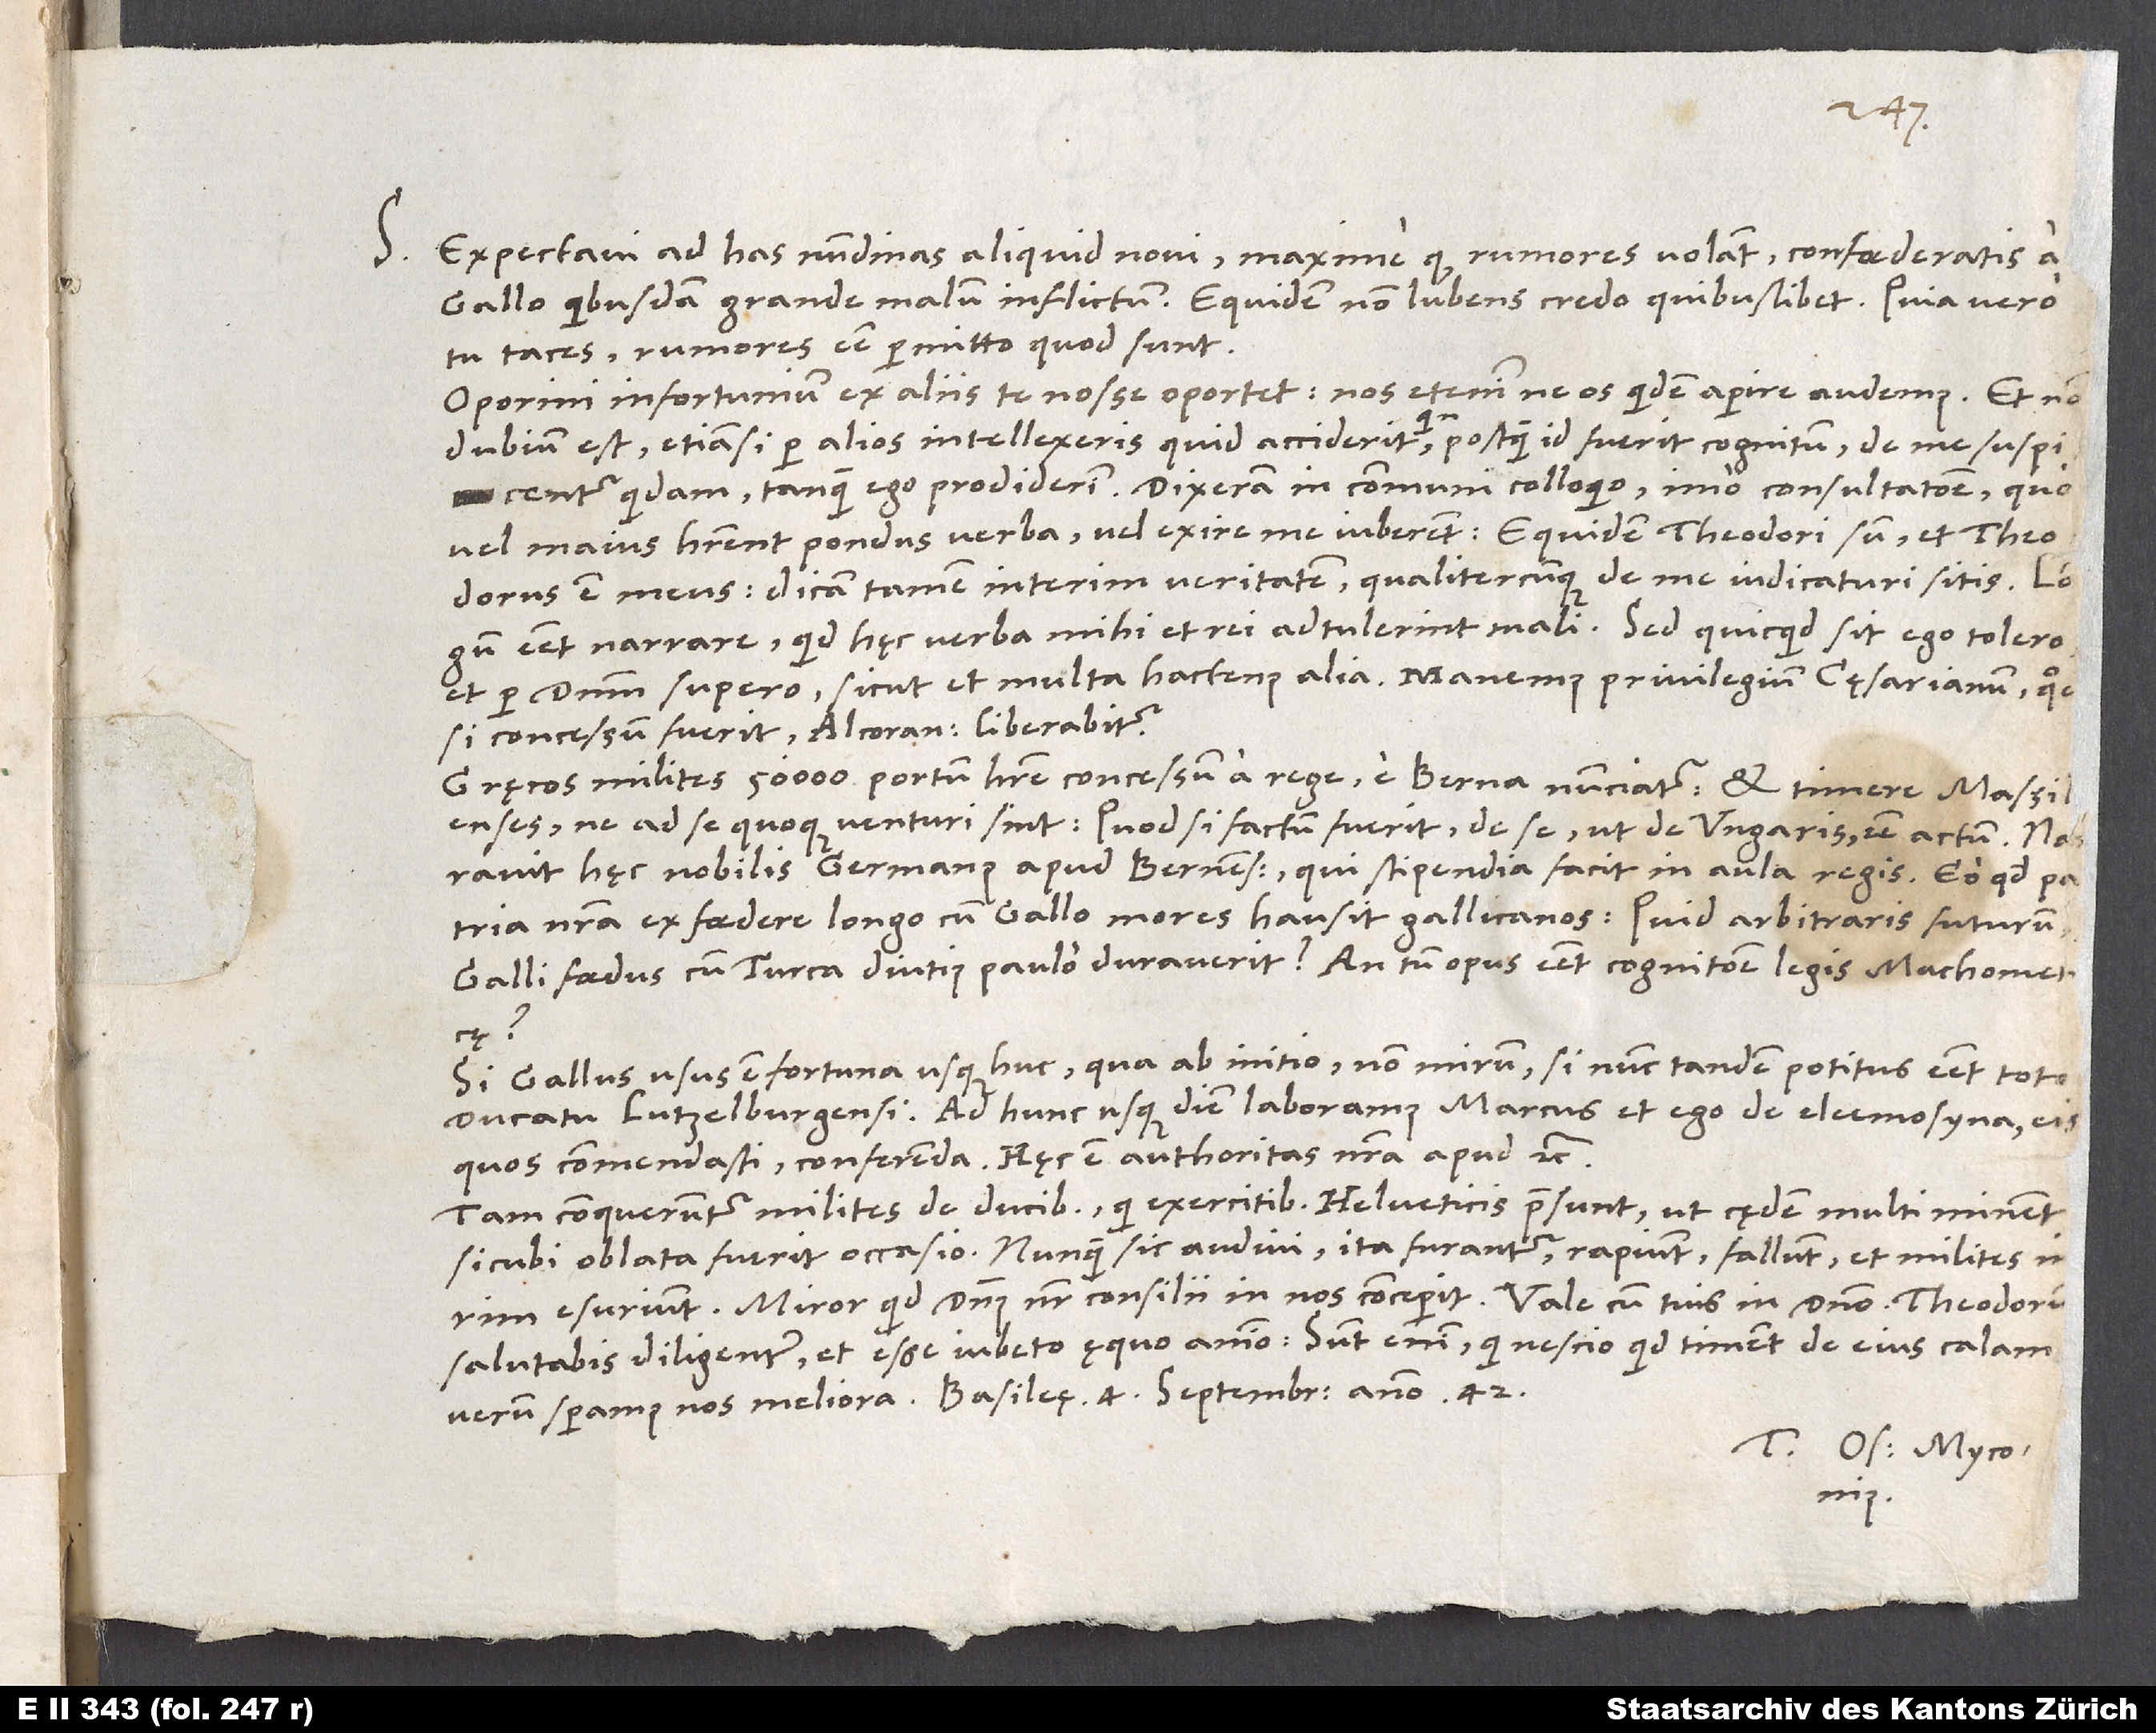
S. Expectavi ad has nundinas aliquid novi, maxime quod rumores volant confoederatis a
Gallo quibusdam grande malum inflictum. Equidem non lubens credo quibuslibet. Quia vero
tu taces, rumores esse permitto, quod sunt.
Oporini infortunium ex aliis te nosse oportet; nos etenim ne os quidem aperire audemus. Et non
dubium est, etiamsi per alios intellexeris, quid acciderit, quin, postquam id fuerit cognitum, de me suspicentur
quidam, tanquam ego prodiderim. Dixeram in communi colloquio, imo consultatione, quo
vel maius haberent pondus verba vel exire me iuberent: „Equidem Theodori sum, et Theodorus
est meus; dicam tamen interim veritatem, qualitercunque de me iudicaturis sitis.“ Longum
esset narrare, quid hęc verba mihi et rei adtulerint mali. Sed quicquid sit, ego tolero
et per dominum supero sicut et multa hactenus alia. Manemus privilegium cęsarianum, quod
si concessum fuerit, Alcoranus liberabitur.
Gręcos milites 50’000 portum habere concessum a rege e Berna nunciatur et timere Massil
Galli foedus cum Turca diutius paulo duraverit? An tum opus esset cognitione legis Machometicę?
Si Gallus usus est fortuna usque huc, qua ab initio, non mirum, si nunc tandem potitus esset toto
quos commendasti, conferenda. Hęc est authoritas nostra apud etc.
Tam conqueruntur milites de ducibus, qui exercitibus Helveticis praesunt, ut cędem multi minentrim
salutabis diligenter et esse iubeto ęquo animo. Sunt enim, qui nescio quid timent de eius calam,